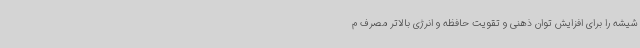
شیشه را برای افزایش توان ذهنی و تقویت حافظه و انرژی بالاتر مصرف م